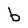
Character: b